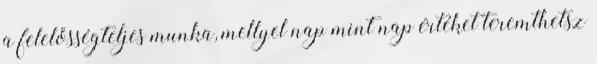
a felelősségteljes munka, mellyel nap mint nap értéket teremthetsz